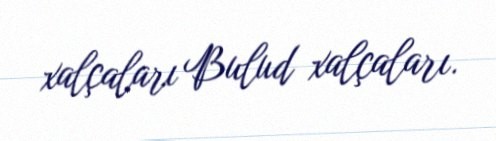
xalçaları Bulud xalçaları.